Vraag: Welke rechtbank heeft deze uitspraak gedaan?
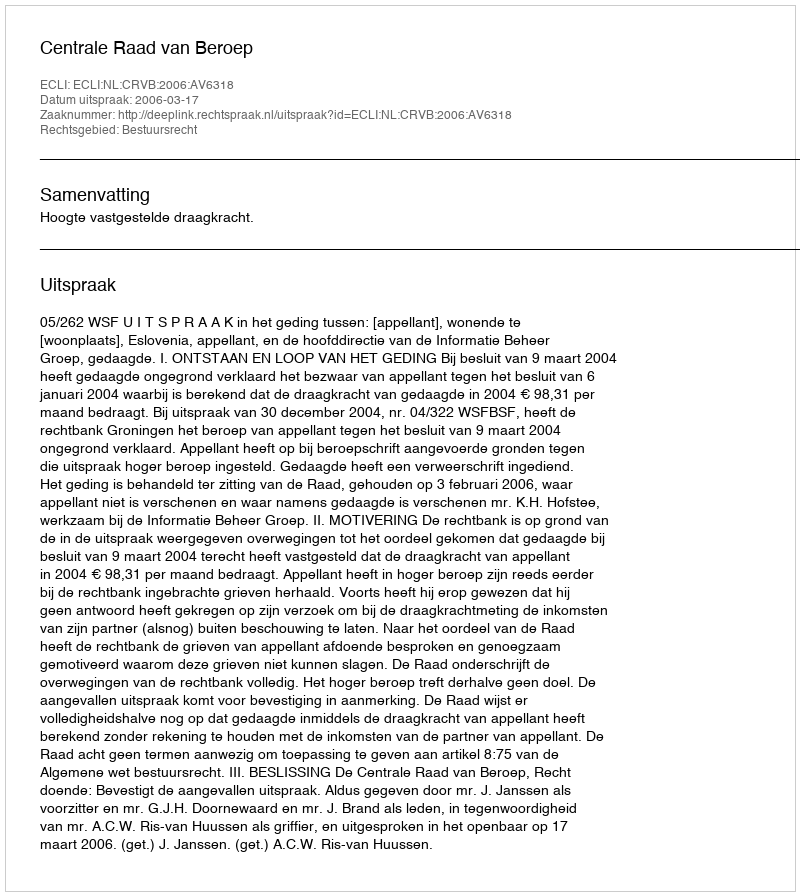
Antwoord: Centrale Raad van Beroep